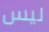
ليس